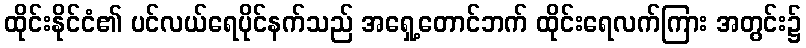
ထိုင်းနိုင်ငံ၏ ပင်လယ်ရေပိုင်နက်သည် အရှေ့တောင်ဘက် ထိုင်းရေလက်ကြား အတွင်း၌